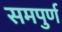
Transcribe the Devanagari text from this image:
समपुर्ण